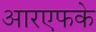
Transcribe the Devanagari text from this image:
आरएफके